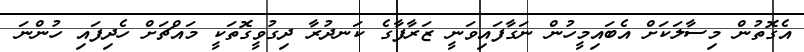
އެގޮތުން މިސާލަކަށް އެބައިމީހުން ނަގާފައިވަނީ ޒަރާފާގެ ކަނދުރާ ދިގުވީގޮތަކީ މައްޗަށް ހެދިފައި ހުންނަ